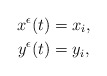
\begin{align*}x^\epsilon(t) &= x_i, \\y^\epsilon(t) &= y_i, \end{align*}